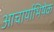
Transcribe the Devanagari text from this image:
आचार्याभिषेक